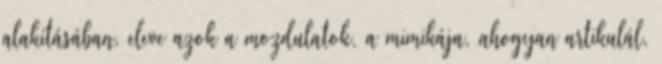
alakításában, eleve azok a mozdulatok, a mimikája, ahogyan artikulál,